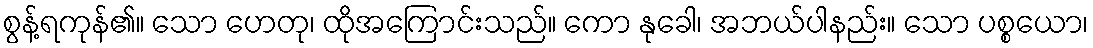
စွန့်ရကုန်၏။ သော ဟေတု၊ ထိုအကြောင်းသည်။ ကော နုခေါ၊ အဘယ်ပါနည်း။ သော ပစ္စယော၊